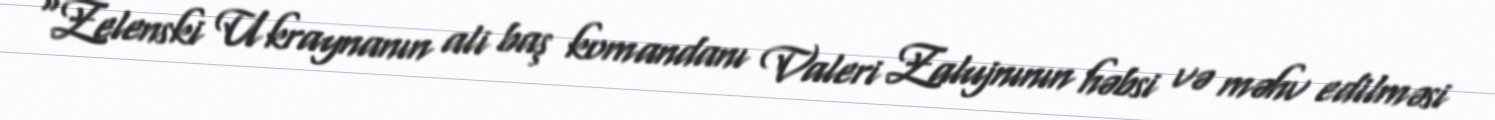
“Zelenski Ukraynanın ali baş komandanı Valeri Zalujnının həbsi və məhv edilməsi